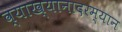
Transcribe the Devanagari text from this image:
व्याख्यानादरम्यान